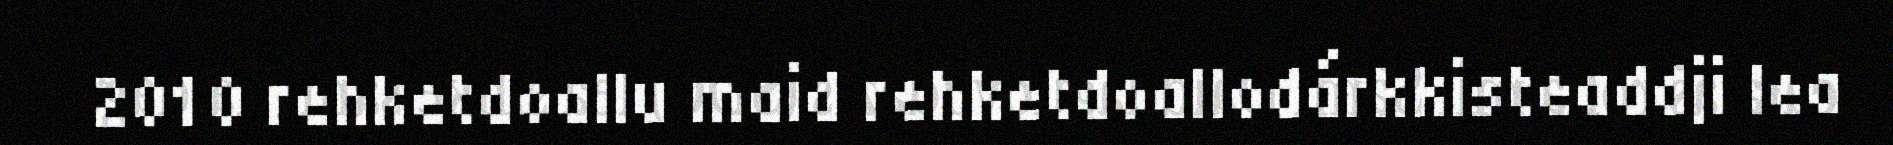
2010 rehketdoallu maid rehketdoallodárkkisteaddji lea